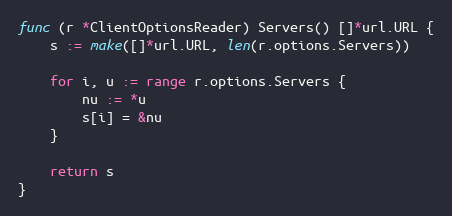
Language: Go
func (r *ClientOptionsReader) Servers() []*url.URL {
	s := make([]*url.URL, len(r.options.Servers))

	for i, u := range r.options.Servers {
		nu := *u
		s[i] = &nu
	}

	return s
}